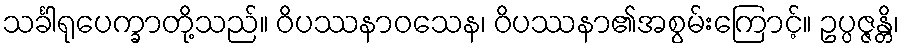
သင်္ခါရုပေက္ခာတို့သည်။ ဝိပဿနာဝသေန၊ ဝိပဿနာ၏အစွမ်းကြောင့်။ ဥပ္ပဇ္ဇန္တိ၊